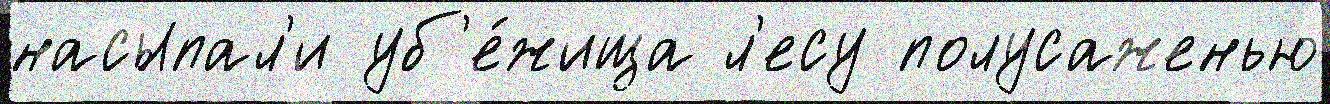
насыпал'и уб'е́жища л'есу полусаженью